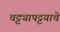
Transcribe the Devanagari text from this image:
चट्ट्यापट्टयाचे